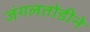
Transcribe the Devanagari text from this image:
जंगलतोडीने